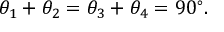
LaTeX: \theta _ { 1 } + \theta _ { 2 } = \theta _ { 3 } + \theta _ { 4 } = 9 0 ^ { \circ } .